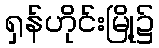
ရှန်ဟိုင်းမြို့၌